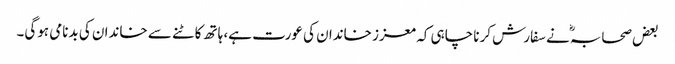
بعض صحابہؓ نے سفارش کرنا چاہی کہ معزز خاندان کی عورت ہے، ہاتھ کاٹنے سے خاندان کی بدنامی ہوگی۔